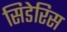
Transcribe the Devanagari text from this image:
सिडेरिस